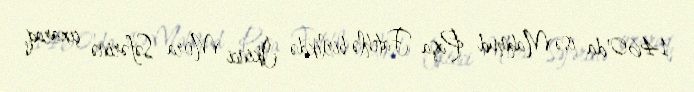
1460'da isə Mahmud Paşa Fatehlə birlikdə İkinci Mora Səfərinə çıxaraq,